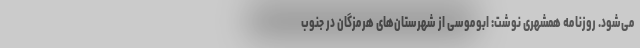
می‌شود. روزنامه همشهری نوشت: ابوموسی از شهرستان‌های هرمزگان در جنوب